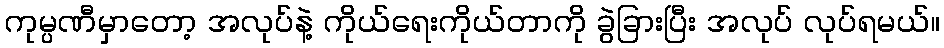
ကုမ္ပဏီမှာတော့ အလုပ်နဲ့ ကိုယ်ရေးကိုယ်တာကို ခွဲခြားပြီး အလုပ် လုပ်ရမယ်။